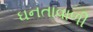
ઘનતાવાળી